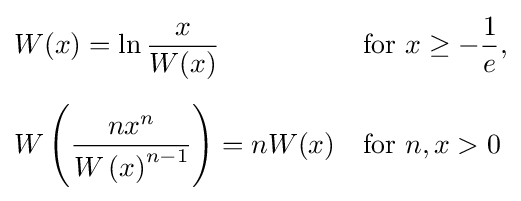
{\begin{aligned}&W(x)=\ln {\frac {x}{W(x)}}&&{\text{for }}x\geq -{\frac {1}{e}},\\[5pt]&W\left({\frac {nx^{n}}{W\left(x\right)^{n-1}}}\right)=nW(x)&&{\text{for }}n,x>0\end{aligned}}